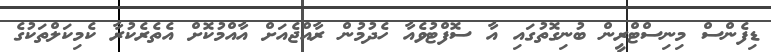
ޑިފެންސް މިނިސްޓްރީން ބުނިގޮތުގައި އާ ސޮފްޓުވެއާ ހެދުމުން ރާއްޖެއަށް އާއްމުކޮށް އެތެރެކުރާ ކެމިކަލްތަކުގެ